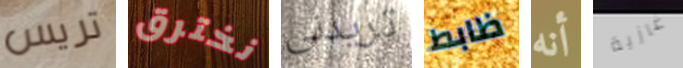
تريس نخترق تريدنى ظابط أنه غازية